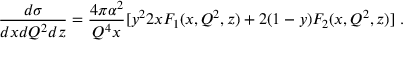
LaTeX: \frac { d \sigma } { d x d Q ^ { 2 } d z } = \frac { 4 \pi \alpha ^ { 2 } } { Q ^ { 4 } x } [ y ^ { 2 } 2 x { \cal F } _ { 1 } ( x , Q ^ { 2 } , z ) + 2 ( 1 - y ) { \cal F } _ { 2 } ( x , Q ^ { 2 } , z ) ] \; .